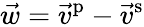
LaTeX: \vec{w}=\vec{v}^{\mathrm{p}}-\vec{v}^{\mathrm{s}}